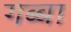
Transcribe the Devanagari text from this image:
गब्बा